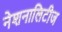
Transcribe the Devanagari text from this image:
नेशनालिटीज